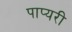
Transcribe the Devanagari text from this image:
पाप्यरी